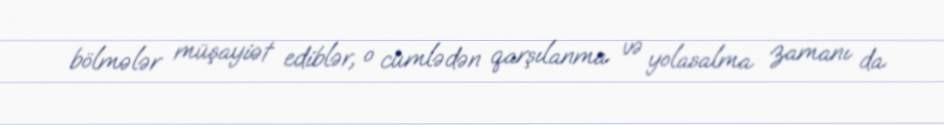
bölmələr müşayiət ediblər, o cümlədən qarşılanma və yolasalma zamanı da.